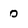
Character: 0